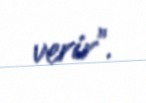
verir”.